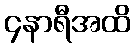
၄နာရီအထိ